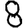
Digit: 8